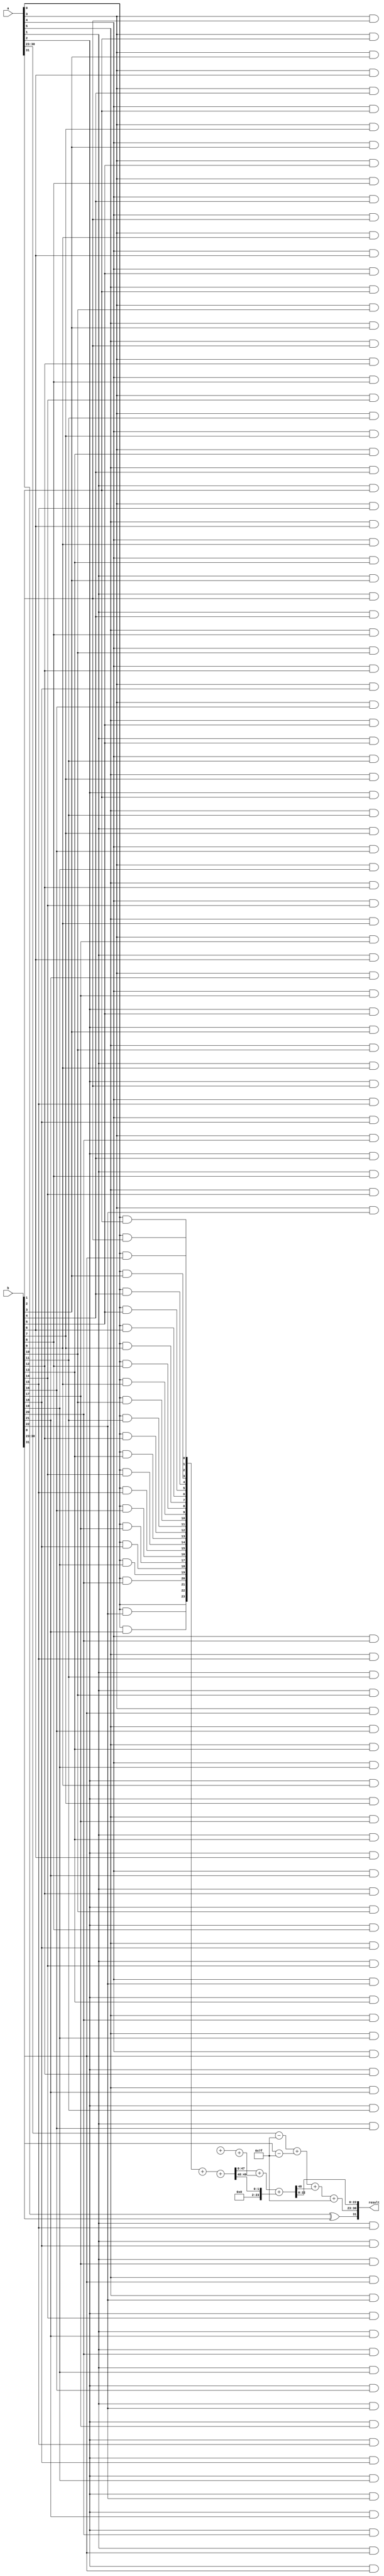
module floating_point_wallace_tree_multiplier (
    input [31:0] a, // First floating-point number (single precision)
    input [31:0] b, // Second floating-point number (single precision)
    output reg [31:0] result // Resulting floating-point number
);

    // Constants for IEEE 754 single precision
    localparam EXPONENT_BIAS = 127;
    localparam MANTISSA_WIDTH = 23;

    // Extract sign, exponent, and mantissa
    wire sign_a = a[31];
    wire sign_b = b[31];
    wire [7:0] exp_a = a[30:23];
    wire [7:0] exp_b = b[30:23];
    wire [23:0] mant_a = {1'b1, a[22:0]}; // Normalized mantissa with implicit leading 1
    wire [23:0] mant_b = {1'b1, b[22:0]}; // Normalized mantissa with implicit leading 1

    // Adjust exponents
    wire [8:0] adjusted_exp_a = exp_a - EXPONENT_BIAS;
    wire [8:0] adjusted_exp_b = exp_b - EXPONENT_BIAS;
    
    // Partial product generation
    wire [47:0] partial_products [0:23]; // 24 partial products (23 bits + 1 implicit bit)
    
    genvar i, j;
    generate
        for (i = 0; i < 24; i = i + 1) begin : pp_gen
            for (j = 0; j < 24; j = j + 1) begin : pp_gen_inner
                assign partial_products[i][i+j] = mant_a[i] & mant_b[j]; // AND operation for partial products
            end
        end
    endgenerate

    // Wallace Tree Reduction
    wire [47:0] sum [0:23];
    wire [23:0] carry [0:23];
    
    // Stage 1: Grouping and summing
    genvar k;
    generate
        for (k = 0; k < 24; k = k + 1) begin : wallace_tree_stage1
            if (k % 3 == 0) begin
                assign {carry[k/3], sum[k/3]} = partial_products[k] + partial_products[k+1] + partial_products[k+2];
            end
        end
    endgenerate

    // Final summation
    wire [47:0] final_sum;
    wire final_carry;
    assign {final_carry, final_sum} = sum[0] + sum[1] + carry[0];

    // Normalize the result
    wire [7:0] final_exp = adjusted_exp_a + adjusted_exp_b + final_carry; // Adjust exponent
    wire final_sign = sign_a ^ sign_b; // XOR for sign

    // Assemble the result
    always @(*) begin
        result[31] = final_sign;
        result[30:23] = final_exp + EXPONENT_BIAS; // Add bias back
        result[22:0] = final_sum[22:0]; // Mantissa (23 bits)
    end

endmodule